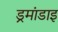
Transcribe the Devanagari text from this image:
ड्रमांडाइ